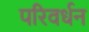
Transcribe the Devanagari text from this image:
परिवर्धन